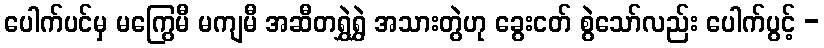
ပေါက်ပင်မှ မကြွေမီ မကျမီ အဆီတရွှဲရွှဲ အသားတွဲဟု ခွေးငတ် စွဲသော်လည်း ပေါက်ပွင့် -